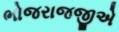
ભોજરાજજીએ